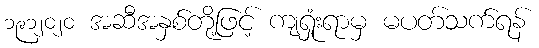
၁၉၁၂၀၂၀ အဆီအနှစ်တို့ဖြင့် ကျရှုံးရာမှ မပတ်သက်ရန်